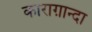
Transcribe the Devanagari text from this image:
काराग़ान्दा